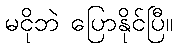
မငိုဘဲ ပြောနိုင်ပြီ။